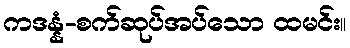
ကဒန္နံ-စက်ဆုပ်အပ်သော ထမင်း။